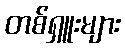
တစ်ရှူးများ